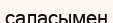
саласымен